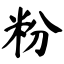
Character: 粉